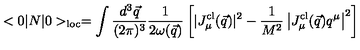
< 0 | N | 0 > _ { \mathrm { l o c } } = \int { \frac { d ^ { 3 } \vec { q } } { ( 2 \pi ) ^ { 3 } } } { \frac { 1 } { 2 \omega ( \vec { q } ) } } \left[ | J _ { \mu } ^ { \mathrm { c l } } ( \vec { q } ) | ^ { 2 } - { \frac { 1 } { M ^ { 2 } } } \left| J _ { \mu } ^ { \mathrm { c l } } ( \vec { q } ) q ^ { \mu } \right| ^ { 2 } \right]